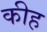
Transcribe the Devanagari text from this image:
कीह